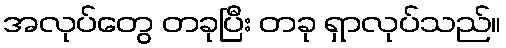
အလုပ်တွေ တခုပြီး တခု ရှာလုပ်သည်။